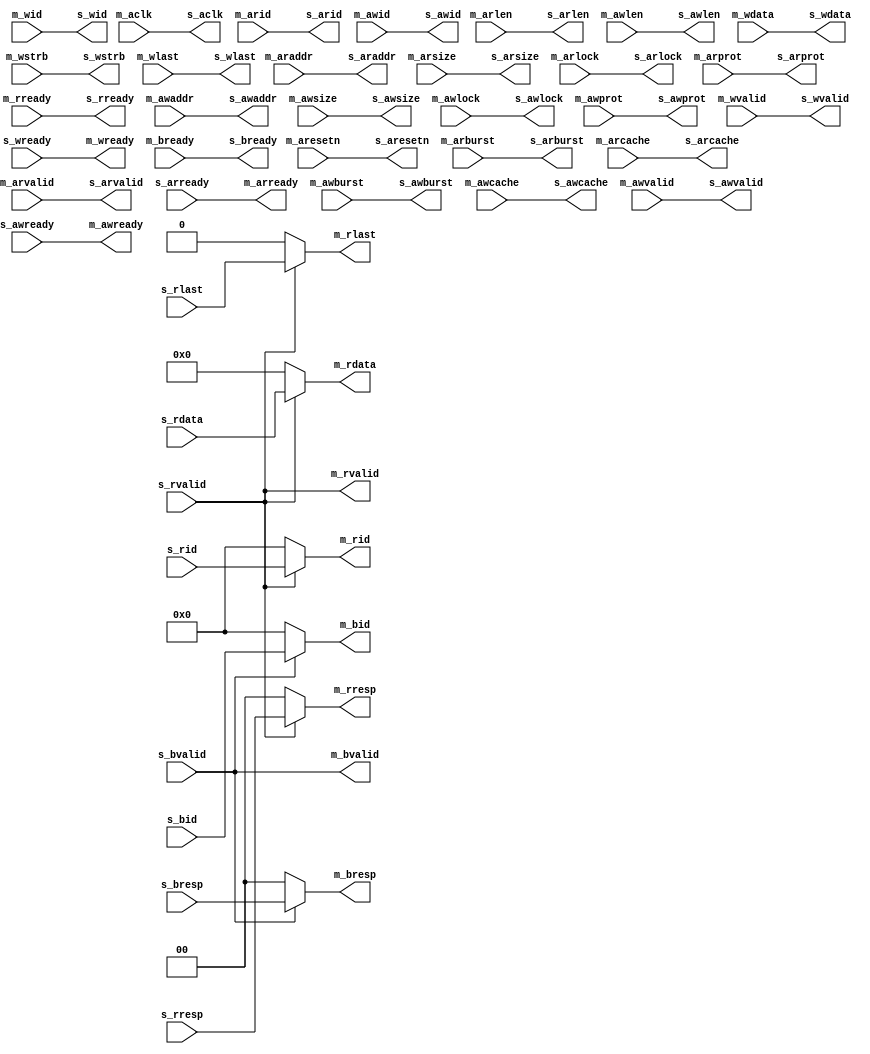
/*------------------------------------------------------------------------------
--------------------------------------------------------------------------------
Copyright (c) 2016, Loongson Technology Corporation Limited.

All rights reserved.

Redistribution and use in source and binary forms, with or without modification,
are permitted provided that the following conditions are met:

1. Redistributions of source code must retain the above copyright notice, this 
list of conditions and the following disclaimer.

2. Redistributions in binary form must reproduce the above copyright notice, 
this list of conditions and the following disclaimer in the documentation and/or
other materials provided with the distribution.

3. Neither the name of Loongson Technology Corporation Limited nor the names of 
its contributors may be used to endorse or promote products derived from this 
software without specific prior written permission.

THIS SOFTWARE IS PROVIDED BY THE COPYRIGHT HOLDERS AND CONTRIBUTORS "AS IS" AND 
ANY EXPRESS OR IMPLIED WARRANTIES, INCLUDING, BUT NOT LIMITED TO, THE IMPLIED 
WARRANTIES OF MERCHANTABILITY AND FITNESS FOR A PARTICULAR PURPOSE ARE 
DISCLAIMED. IN NO EVENT SHALL LOONGSON TECHNOLOGY CORPORATION LIMITED BE LIABLE
TO ANY PARTY FOR DIRECT, INDIRECT, INCIDENTAL, SPECIAL, EXEMPLARY, OR 
CONSEQUENTIAL DAMAGES (INCLUDING, BUT NOT LIMITED TO, PROCUREMENT OF SUBSTITUTE 
GOODS OR SERVICES; LOSS OF USE, DATA, OR PROFITS; OR BUSINESS INTERRUPTION) 
HOWEVER CAUSED AND ON ANY THEORY OF LIABILITY, WHETHER IN CONTRACT, STRICT 
LIABILITY, OR TORT (INCLUDING NEGLIGENCE OR OTHERWISE) ARISING IN ANY WAY OUT OF
THE USE OF THIS SOFTWARE, EVEN IF ADVISED OF THE POSSIBILITY OF SUCH DAMAGE.
--------------------------------------------------------------------------------
------------------------------------------------------------------------------*/

module axi_wrap(
  input         m_aclk,
  input         m_aresetn,
  //ar
  input  [3 :0] m_arid   ,
  input  [31:0] m_araddr ,
  input  [3 :0] m_arlen  ,
  input  [2 :0] m_arsize ,
  input  [1 :0] m_arburst,
  input  [1 :0] m_arlock ,
  input  [3 :0] m_arcache,
  input  [2 :0] m_arprot ,
  input         m_arvalid,
  output        m_arready,
  //r
  output [3 :0] m_rid    ,
  output [31:0] m_rdata  ,
  output [1 :0] m_rresp  ,
  output        m_rlast  ,
  output        m_rvalid ,
  input         m_rready ,
  //aw
  input  [3 :0] m_awid   ,
  input  [31:0] m_awaddr ,
  input  [3 :0] m_awlen  ,
  input  [2 :0] m_awsize ,
  input  [1 :0] m_awburst,
  input  [1 :0] m_awlock ,
  input  [3 :0] m_awcache,
  input  [2 :0] m_awprot ,
  input         m_awvalid,
  output        m_awready,
  //w
  input  [3 :0] m_wid    ,
  input  [31:0] m_wdata  ,
  input  [3 :0] m_wstrb  ,
  input         m_wlast  ,
  input         m_wvalid ,
  output        m_wready ,
  //b
  output [3 :0] m_bid    ,
  output [1 :0] m_bresp  ,
  output        m_bvalid ,
  input         m_bready ,

  output        s_aclk,
  output        s_aresetn,
  //ar
  output [3 :0] s_arid   ,
  output [31:0] s_araddr ,
  output [3 :0] s_arlen  ,
  output [2 :0] s_arsize ,
  output [1 :0] s_arburst,
  output [1 :0] s_arlock ,
  output [3 :0] s_arcache,
  output [2 :0] s_arprot ,
  output        s_arvalid,
  input         s_arready,
  //r
  input  [3 :0] s_rid    ,
  input  [31:0] s_rdata  ,
  input  [1 :0] s_rresp  ,
  input         s_rlast  ,
  input         s_rvalid ,
  output        s_rready ,
  //aw
  output [3 :0] s_awid   ,
  output [31:0] s_awaddr ,
  output [3 :0] s_awlen  ,
  output [2 :0] s_awsize ,
  output [1 :0] s_awburst,
  output [1 :0] s_awlock ,
  output [3 :0] s_awcache,
  output [2 :0] s_awprot ,
  output        s_awvalid,
  input         s_awready,
  //w
  output [3 :0] s_wid    ,
  output [31:0] s_wdata  ,
  output [3 :0] s_wstrb  ,
  output        s_wlast  ,
  output        s_wvalid ,
  input         s_wready ,
  //b
  input  [3 :0] s_bid    ,
  input  [1 :0] s_bresp  ,
  input         s_bvalid ,
  output        s_bready  
);
assign s_aclk    = m_aclk   ;
assign s_aresetn = m_aresetn;
//ar
assign s_arid    = m_arid   ;
assign s_araddr  = m_araddr ;
assign s_arlen   = m_arlen  ;
assign s_arsize  = m_arsize ;
assign s_arburst = m_arburst;
assign s_arlock  = m_arlock ;
assign s_arcache = m_arcache;
assign s_arprot  = m_arprot ;
assign s_arvalid = m_arvalid;
assign m_arready = s_arready;
//r
assign m_rid    = m_rvalid ? s_rid   :  4'd0 ;
assign m_rdata  = m_rvalid ? s_rdata : 32'd0 ;
assign m_rresp  = m_rvalid ? s_rresp :  2'd0 ;
assign m_rlast  = m_rvalid ? s_rlast :  1'd0 ;
assign m_rvalid = s_rvalid;
assign s_rready = m_rready;
//aw
assign s_awid    = m_awid   ;
assign s_awaddr  = m_awaddr ;
assign s_awlen   = m_awlen  ;
assign s_awsize  = m_awsize ;
assign s_awburst = m_awburst;
assign s_awlock  = m_awlock ;
assign s_awcache = m_awcache;
assign s_awprot  = m_awprot ;
assign s_awvalid = m_awvalid;
assign m_awready = s_awready;
//w
assign s_wid    = m_wid    ;
assign s_wdata  = m_wdata  ;
assign s_wstrb  = m_wstrb  ;
assign s_wlast  = m_wlast  ;
assign s_wvalid = m_wvalid ;
assign m_wready = s_wready ;
//b
assign m_bid    = m_bvalid ? s_bid   : 4'd0 ;
assign m_bresp  = m_bvalid ? s_bresp : 2'd0 ;
assign m_bvalid = s_bvalid ;
assign s_bready = m_bready ;
endmodule